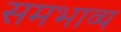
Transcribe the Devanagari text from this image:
समभाव्य